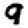
Digit: 9